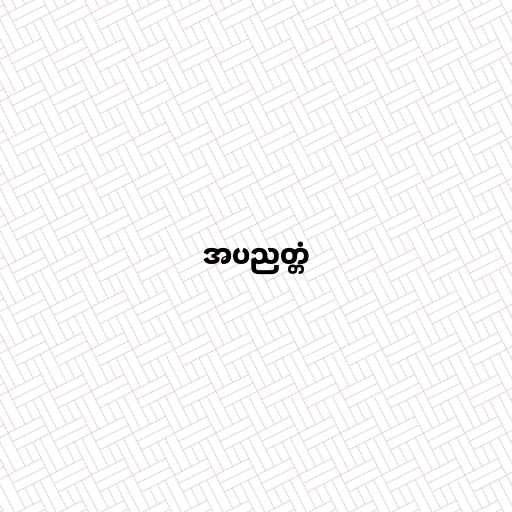
အပညတ္တံ